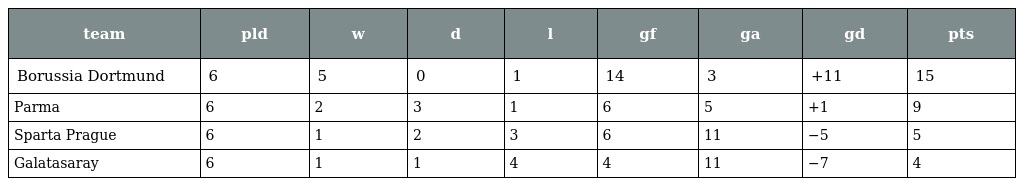
| team | pld | w | d | l | gf | ga | gd | pts |
 | --- | --- | --- | --- | --- | --- | --- | --- | --- |
 | Borussia Dortmund | 6 | 5 | 0 | 1 | 14 | 3 | +11 | 15 |
 | Parma | 6 | 2 | 3 | 1 | 6 | 5 | +1 | 9 |
 | Sparta Prague | 6 | 1 | 2 | 3 | 6 | 11 | −5 | 5 |
 | Galatasaray | 6 | 1 | 1 | 4 | 4 | 11 | −7 | 4 |